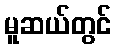
မူဆယ်တွင်